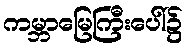
ကမ္ဘာမြေကြီးပေါ်၌